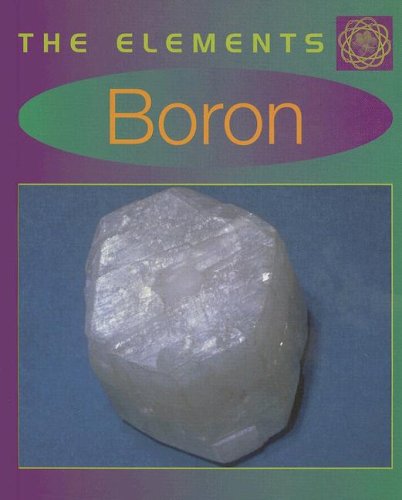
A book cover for Boron (Elements); Richard Beatty; Children's Books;